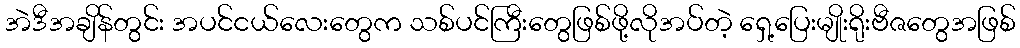
အဲဒီအချိန်တွင်း အပင်ငယ်လေးတွေက သစ်ပင်ကြီးတွေဖြစ်ဖို့လိုအပ်တဲ့ ရှေ့ပြေးမျိုးရိုးဗီဇတွေအဖြစ်